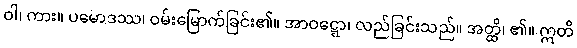
ဝါ၊ ကား။ ပမောဒဿ၊ ဝမ်းမြောက်ခြင်း၏။ အာဝဋ္ဋော၊ လည်ခြင်းသည်။ အတ္ထိ၊ ၏။ ဣတိ